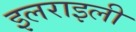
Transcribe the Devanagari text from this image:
इलराइली